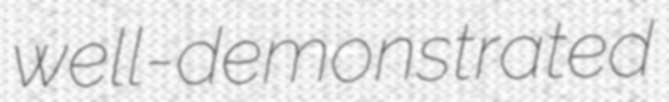
well-demonstrated